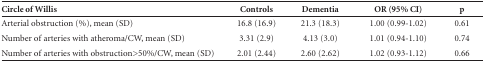
| Circle of Willis | Controls | Dementia | OR (95% CI) | p |
 | --- | --- | --- | --- | --- |
 | Arterial obstruction (%), mean (SD) | 16.8 (16.9) | 21.3 (18.3) | 1.00 (0.99-1.02) | 0.61 |
 | Number of arteries with atheroma/CW, mean (SD) | 3.31 (2.9) | 4.13 (3.0) | 1.01 (0.94-1.10) | 0.74 |
 | Number of arteries with obstruction>50%/CW, mean (SD) | 2.01 (2.44) | 2.60 (2.62) | 1.02 (0.93-1.12) | 0.66 |